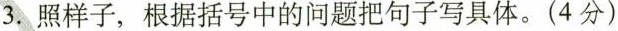
3.照样子，根据括号中的问题把句子写具体。(4分)